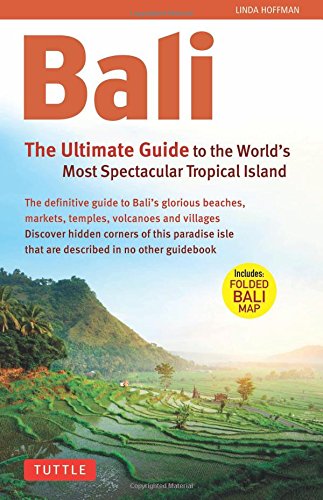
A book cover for Bali: The Ultimate Guide: to the World's Most Spectacular Tropical Island (Periplus Adventure Guides); Christian Books & Bibles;